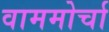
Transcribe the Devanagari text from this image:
वाममोर्चा